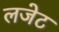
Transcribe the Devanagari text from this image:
लजेट